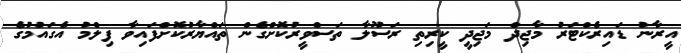
އީރާނު ޑައިރެކްޓަރު މާޖިދް މަޖިދީ ކީރިތި ރަސޫލާ ތަސްވީރުކޮށްގެން ތައްޔާރުކޮށްފައިވާ ފިލްމު އެގައުމުގެ